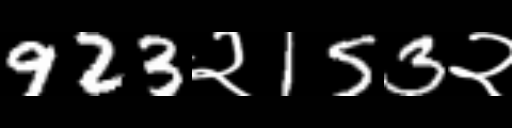
Text: 923२153२